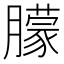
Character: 䑃